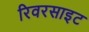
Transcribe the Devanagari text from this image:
रिवरसाइट